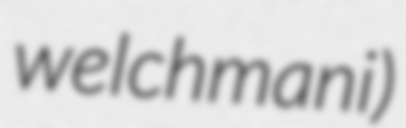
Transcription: welchmani)